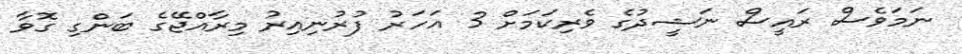
ނަމަވެސް ރައީސް ނަޝީދުގެ ވެރިކަމަށް 3 އަހަރު ފުރުނިއިރު މިރާއްޖޭގެ ބަންގި ގޮވާ